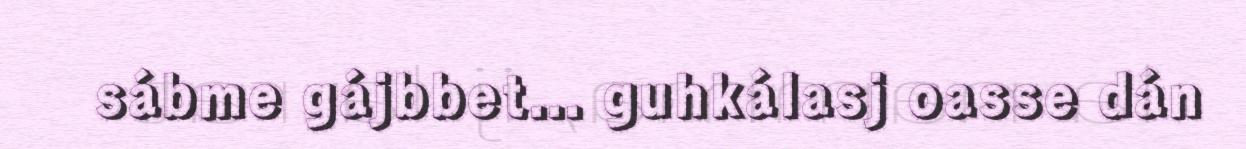
sábme gájbbet... guhkálasj oasse dán